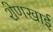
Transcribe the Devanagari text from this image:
शेणखाई